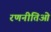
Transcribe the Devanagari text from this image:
रणनीतिओं